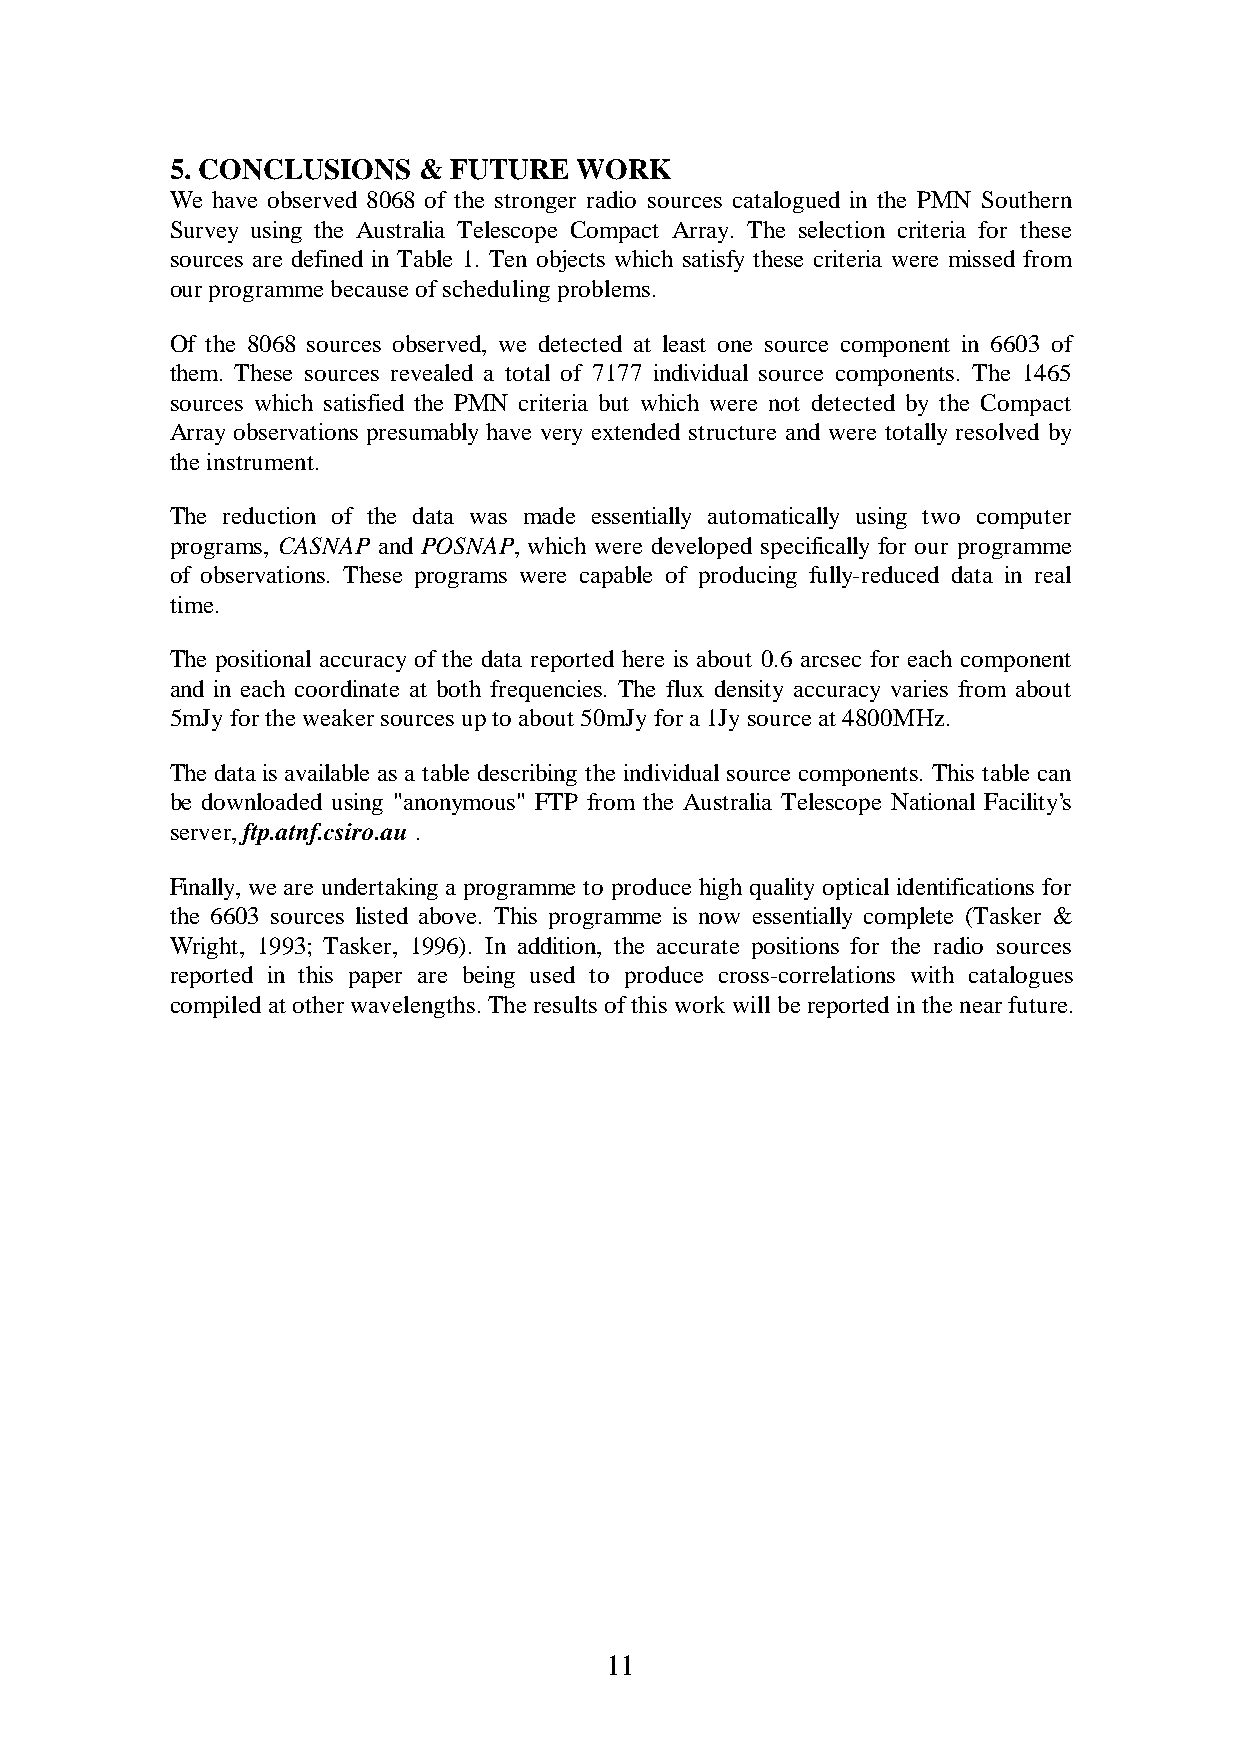
5. CONCLUSIONS   & FUTURE  WORK
 We have observed 8068 of the stronger radio sources catalogued in the PMN Southern
 Survey using the Australia Telescope Compact Array. The selection criteria for these
 sources are defined in Table 1. Ten objects which satisfy these criteria were missed from
 our programme because of scheduling problems.
 Of the 8068 sources observed, we detected at least one source component in 6603 of
 them. These sources revealed a total of 7177 individual source components. The 1465
 sources which satisfied the PMN criteria but which were not detected by the Compact
 Array observations presumably have very extended structure and were totally resolved by
 the instrument.
 The reduction of the data was made essentially automatically using two computer
 programs, CASNAP and POSNAP, which were developed specifically for our programme
 of observations. These programs were capable of producing fully-reduced data in real
 time.
 The positional accuracy of the data reported here is about 0.6 arcsec for each component
 and in each coordinate at both frequencies. The flux density accuracy varies from about
 5mJy for the weaker sources up to about 50mJy for a 1Jy source at 4800MHz.
 The data is available as a table describing the individual source components. This table can
 be downloaded using "anonymous" FTP from the Australia Telescope National Facility’s
 server, ftp.atnf.csiro.au .
 Finally, we are undertaking a programme to produce high quality optical identifications for
 the 6603 sources listed above. This programme is now essentially complete (Tasker &
 Wright, 1993; Tasker, 1996). In addition, the accurate positions for the radio sources
 reported in this paper are being used to produce cross-correlations with catalogues
 compiled at other wavelengths. The results of this work will be reported in the near future.
 11